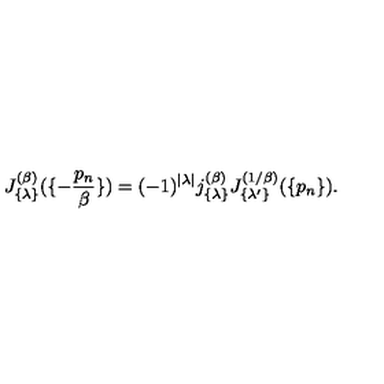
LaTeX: J _ { \{ \lambda \} } ^ { ( \beta ) } ( \{ - { \frac { p _ { n } } { \beta } } \} ) = ( - 1 ) ^ { | \lambda | } j _ { \{ \lambda \} } ^ { ( \beta ) } J _ { \{ \lambda ^ { \prime } \} } ^ { ( 1 / \beta ) } ( \{ p _ { n } \} ) .